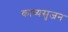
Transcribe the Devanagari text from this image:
काव्यसृजन